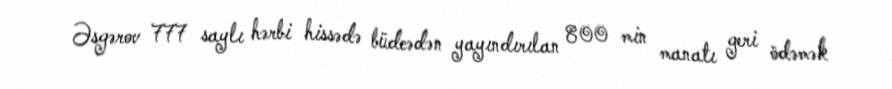
Əsgərov 777 saylı hərbi hissədə büdcədən yayındırılan 800 min manatı geri ödəmək